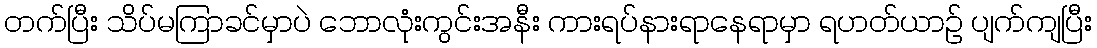
တက်ပြီး သိပ်မကြာခင်မှာပဲ ဘောလုံးကွင်းအနီး ကားရပ်နားရာနေရာမှာ ရဟတ်ယာဉ် ပျက်ကျပြီး